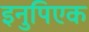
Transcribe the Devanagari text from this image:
इनुपिएक